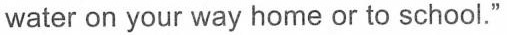
water on your way home or to school."